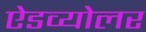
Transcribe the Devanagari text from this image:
ऐडव्योलर